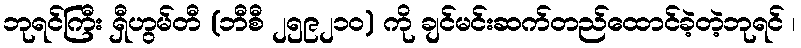
ဘုရင်ကြီး ရှီဟွမ်တီ (ဘီစီ ၂၅၉၂၁၀) ကို ချင်မင်းဆက်တည်ထောင်ခဲ့တဲ့ဘုရင် ၊